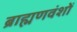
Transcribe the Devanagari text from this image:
ब्राह्मणवंशों